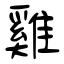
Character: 雞